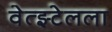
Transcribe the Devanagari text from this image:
वेत्झ्टेलला